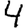
Digit: 4